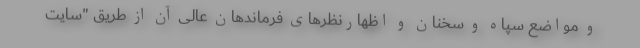
و مواضع سپاه و سخنان و اظهارنظرهای فرماندهان عالی آن از طریق "سایت